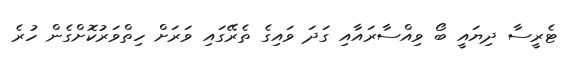
ޓެރީސާ ދިޔައީ ބޯ ވިއްސާރައާއި ގަދަ ވައިގެ ތެރޭގައި ވަރަށް ހިތްވަރުކޮށްގެން ހުރެ